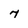
Character: 7